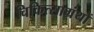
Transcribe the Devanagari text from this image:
चिकित्साग्रंथों